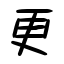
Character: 更